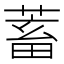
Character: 蓄